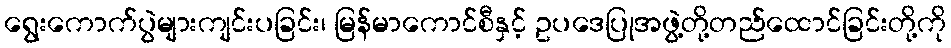
ရွေးကောက်ပွဲများကျင်းပခြင်း၊ မြန်မာကောင်စီနှင့် ဥပဒေပြုအဖွဲ့တို့တည်ထောင်ခြင်းတို့ကို